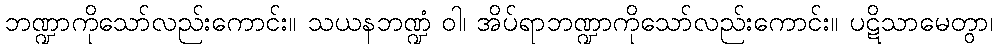
ဘဏ္ဍာကိုသော်လည်းကောင်း။ သယနဘဏ္ဍံ ဝါ၊ အိပ်ရာဘဏ္ဍာကိုသော်လည်းကောင်း။ ပဋိသာမေတွာ၊